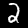
Label: 2